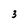
Character: 3